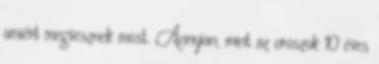
amiért megvesznek most. Annyian, mint az oroszok 10 éves